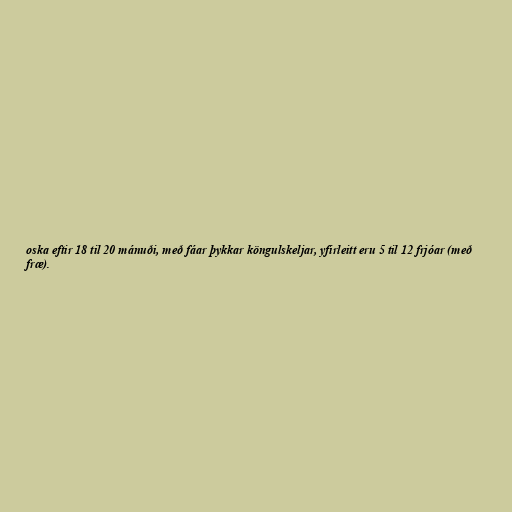
oska eftir 18 til 20 mánuði, með fáar þykkar köngulskeljar, yfirleitt eru 5 til 12 frjóar (með
fræ).